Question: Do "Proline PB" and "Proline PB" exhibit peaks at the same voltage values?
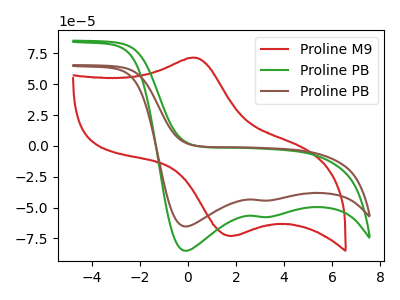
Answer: <think>The red curve "Proline M9" has an anodic peak at (0.30V, 71.50uA) and a cathodic peak at (1.90V, -72.85uA). The green curve "Proline PB" has cathodic peaks at (-0.10V, -85.10uA) (3.05V, -57.70uA). The brown curve "Proline PB" has cathodic peaks at (-0.10V, -65.40uA) (3.05V, -44.35uA).</think>
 <answer>Yes, "Proline PB" have a peak in "Proline PB" at the same potential.</answer>
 <eval>match</eval>